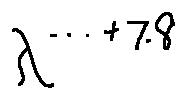
\lambda ^ { \cdots + 7 . 8 }